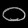
Digit: ၀